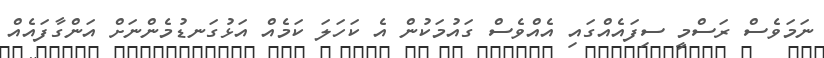
ނަމަވެސް ރަސްމީ ސިފައެއްގައި އެއްވެސް ގައުމަކުން އެ ކަހަލަ ކަމެއް އަޅުގަނޑުމެންނަށް އަންގާފައެއް